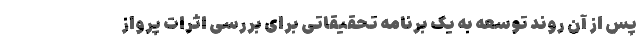
پس از آن روند توسعه به یک برنامه تحقیقاتی برای بررسی اثرات پرواز